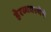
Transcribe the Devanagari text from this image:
हेरव्यवस्थेने